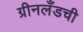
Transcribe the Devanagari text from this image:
ग्रीनलँडची